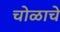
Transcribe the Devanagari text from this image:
चोळाचे